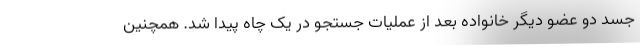
جسد دو عضو دیگر خانواده بعد از عملیات جستجو در یک چاه پیدا شد. همچنین